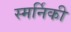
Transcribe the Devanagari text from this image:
स्मर्निकी